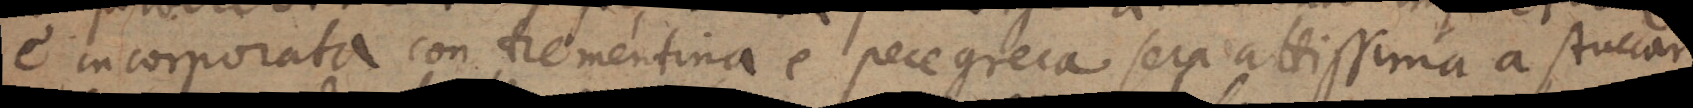
e incorporata con trementina e pece greca sera attissima a stuccar